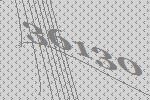
36130